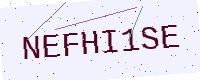
Text: NEFHI1SE